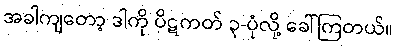
အခါကျတော့ ဒါကို ပိဋကတ် ၃-ပုံလို့ ခေါ်ကြတယ်။